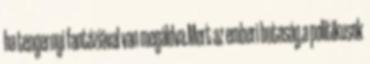
ha tengernyi fantáziával van megáldva.Mert az emberi butaság,a politikusok